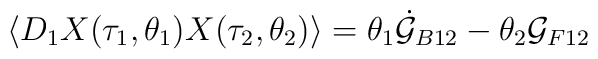
\langle D_1X(\tau_1,\theta_1)X(\tau_2,\theta_2)\rangle=\theta_1\dot{\cal G}_{B12}-\theta_2{\cal G}_{F12}